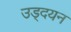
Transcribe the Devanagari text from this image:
उड्दयन